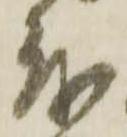
も